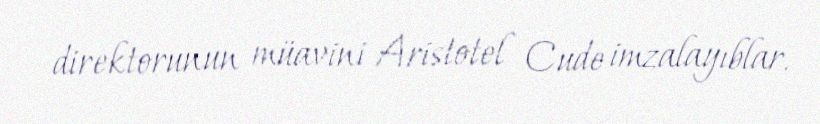
direktorunun müavini Aristotel Cude imzalayıblar.